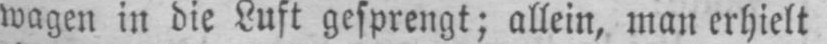
wagen in die Luft gesprengt; allein, man erhielt